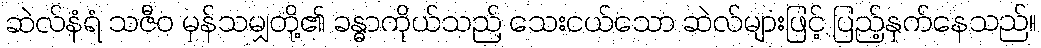
ဆဲလ်နံရံ သဇီဝ မှန်သမျှတို့၏ ခန္ဓာကိုယ်သည် သေးငယ်သော ဆဲလ်များဖြင့် ပြည့်နှက်နေသည်။